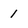
Character: 1